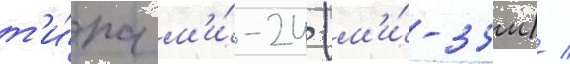
т'и́па м'и́-24 (м'и́-35м) /